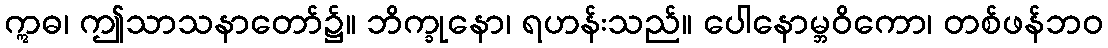
ဣဓ၊ ဤသာသနာတော်၌။ ဘိက္ခုနော၊ ရဟန်းသည်။ ပေါနောမ္ဘဝိကော၊ တစ်ဖန်ဘဝ